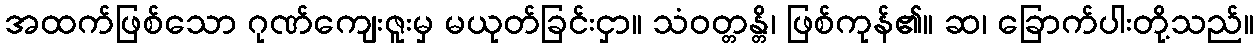
အထက်ဖြစ်သော ဂုဏ်ကျေးဇူးမှ မယုတ်ခြင်းငှာ။ သံဝတ္တန္တိ၊ ဖြစ်ကုန်၏။ ဆ၊ ခြောက်ပါးတို့သည်။